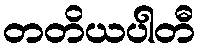
တတိယပါတီ